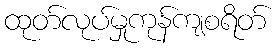
ထုတ်လုပ်မှုကုန်ကျစရိတ်